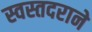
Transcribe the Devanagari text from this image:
स्वस्तदराने